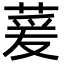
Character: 萲